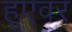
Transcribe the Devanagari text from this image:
हूएवर